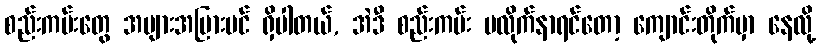
စည်းကမ်းတွေ အများအပြားပင် ရှိပါတယ်, အဲဒီ စည်းကမ်း မလိုက်နာရင်တော့ ကျောင်းတိုက်မှာ နေလို့